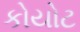
કોયોટ